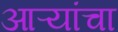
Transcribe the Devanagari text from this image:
आऱ्यांचा